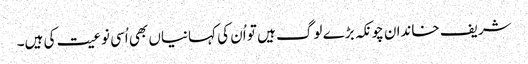
شریف خاندان چونکہ بڑے لوگ ہیں تو اُن کی کہانیاں بھی اُسی نوعیت کی ہیں۔